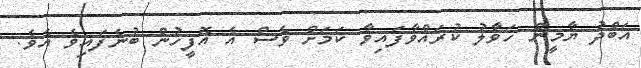
އަބްދު ޔާމީން ހަވާލު ކުރައްވާފައިވާ ކަމަށް ވެސް އެ އޮފީހުން ބުނެފައިވެ އެވެ.